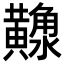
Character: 𪏠